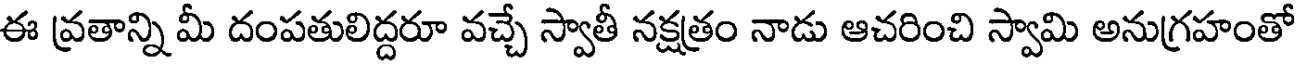
ఈ వ్రతాన్ని మీ దంపతులిద్దరూ వచ్చే స్వాతీ నక్షత్రం నాడు ఆచరించి స్వామి అనుగ్రహంతో